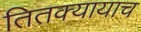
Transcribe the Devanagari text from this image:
तितक्यायाच